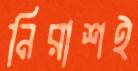
নিরাশই